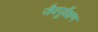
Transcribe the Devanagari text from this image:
जैवपूर्वेक्षण